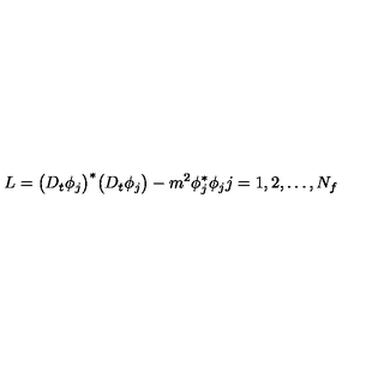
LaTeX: L = \bigl ( D _ { t } \phi _ { j } \bigr ) ^ { \ast } \bigl ( D _ { t } \phi _ { j } \bigr ) - m ^ { 2 } \phi _ { j } ^ { \ast } \phi _ { j } j = 1 , 2 , \dots , N _ { f }